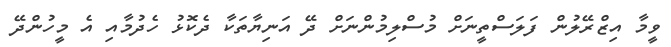
ވީމާ އިޒްރޭލުން ފަލަސްތީނަށް މުސްލިމުންނަށް ދޭ އަނިޔާތަކާ ދެކޮޅު ހެދުމާއި އެ މީހުންދޭ